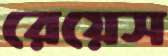
রেয়েস